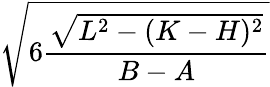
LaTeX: \sqrt{6\frac{\sqrt{L^{2}-(K-H)^{2}}}{B-A}}